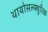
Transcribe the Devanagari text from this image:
थायोसल्फ्युरिक